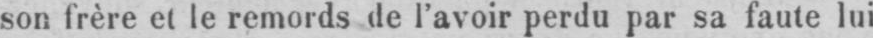
son frère et le remords de l’avoir perdu par sa faute lui